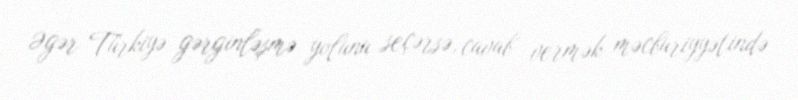
Əgər Türkiyə gərginləşmə yolunu seçərsə, cavab vermək məcburiyyətində